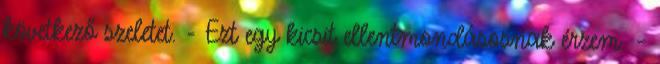
következő szeletet. - Ezt egy kicsit ellentmondásosnak érzem. –